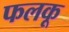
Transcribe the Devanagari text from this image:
फलकू